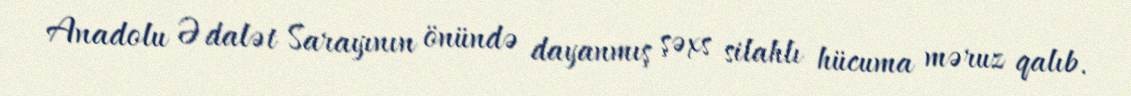
Anadolu Ədalət Sarayının önündə dayanmış şəxs silahlı hücuma məruz qalıb.